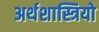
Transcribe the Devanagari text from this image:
अर्थशास्त्रियो